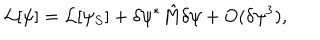
LaTeX: { \cal L } [ \psi ] = { \cal L } [ \psi _ { S } ] + \delta \psi ^ { * } \hat { M } \delta \psi + O ( \delta \psi ^ { 3 } ) ,